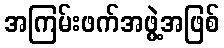
အကြမ်းဖက်အဖွဲ့အဖြစ်